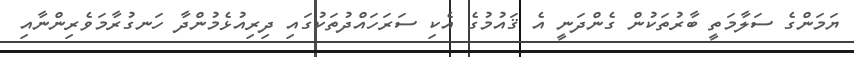
ޔަމަންގެ ސަލާމަތީ ބާރުތަކުން ގެންދަނީ އެ ޤައުމުގެ އެކި ސަރަހައްދުތަކުގައި ދިރިއުޅެމުންދާ ހަނގުރާމަވެރިންނާއި